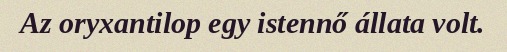
Az oryxantilop egy istennő állata volt.